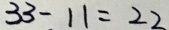
3 3 - 1 1 = 2 2